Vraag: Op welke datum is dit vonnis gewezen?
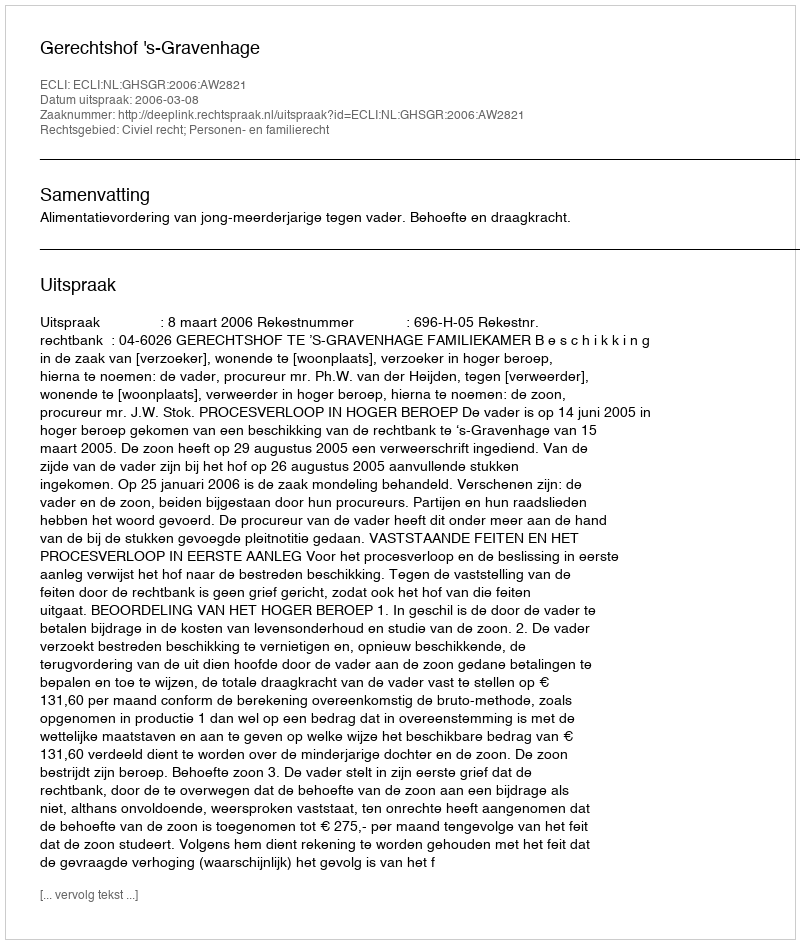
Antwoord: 2006-03-08